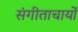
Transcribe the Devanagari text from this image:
संगीताचार्यों